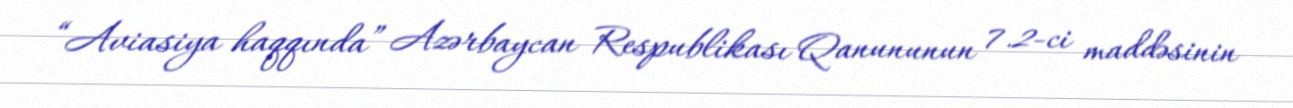
“Aviasiya haqqında” Azərbaycan Respublikası Qanununun 7.2-ci maddəsinin